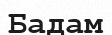
Бадам